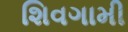
શિવગામી